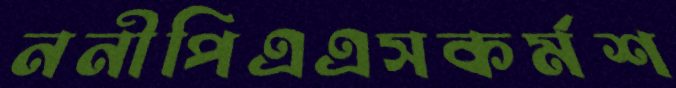
ননীপিএএসকর্মশ